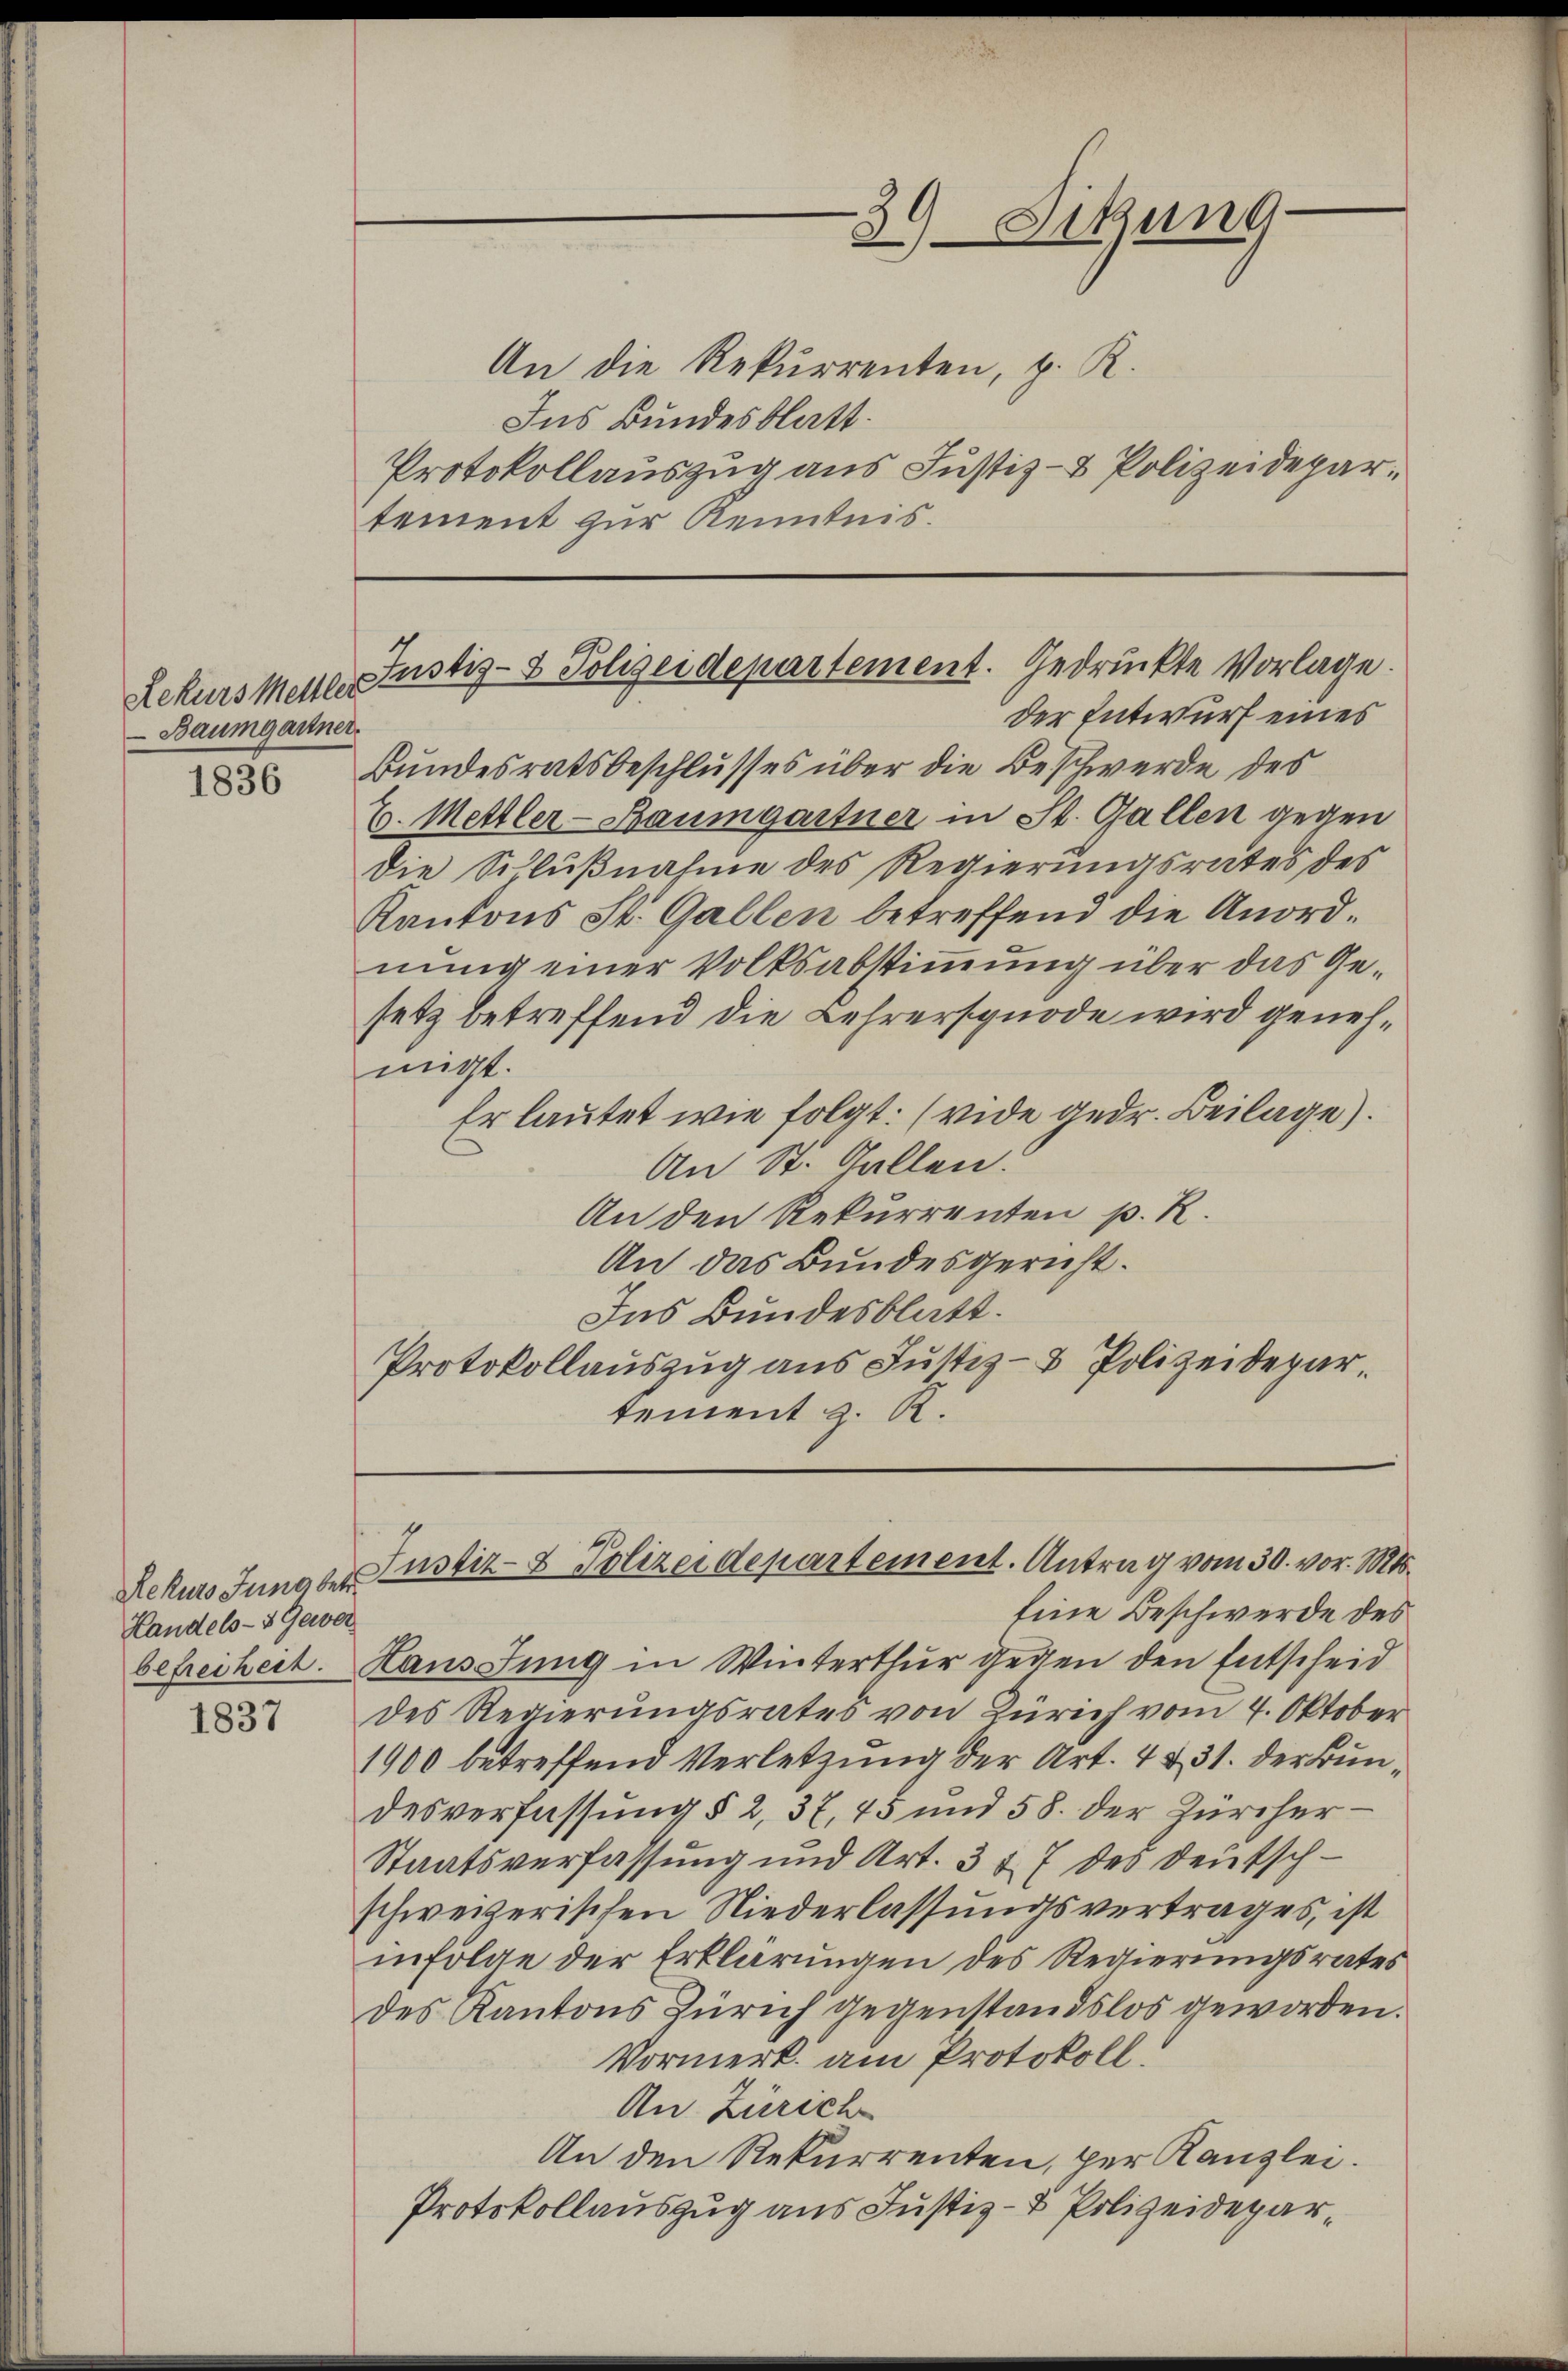
Rekurs Mettler
-Baumgartner.

1836

Rekurs Jung betr.
Handels- & Gewer

1837

39 Sitzung

An die Rekurrenten, z. R.
Ins Bundesblatt.
Protokollauszug aus Justiz- & Polizeidepartement zur Kenntnis.

Justiz- & Polizeidepartement. Gedruckte Vorlage.

Justiz- & Polizeidepartement. Antrag vom 30. vor. Mts.

der Entwurf eines
Bundesratsbeschlusses über die Beschwerde des
E. Mettler-Baumgartner in St. Gallen gegen
die Schlußnahme des Regierungsrates des
Kantons St. Gallen betreffend die Anordnung einer Volksabstimmung über das Gesetz betreffend die Lehrersynode wird genehmigt.
Er lautet wie folgt: (vide gedr. Beilage).
An St. Gallen.
An den Rekurrenten p. R.
An das Bundesgericht.
Ins Bundesblatt.
Protokollauszug aus Justiz- & Polizeidepartement z. R.

Eine Beschwerde des
befreiheit. Haussung in Winterthur gegen den Entscheid
des Regierungsrates von Zürich vom 7. Oktober¬
1900 betreffend Verletzung der Art. 4 & 31. der Bundesverfassung § 2, 37, 45 und 58. der Zürcher¬
Staatsverfassung und Art. 3 f. 7 der Deutschschweizerischen Niederlassungsvertrages, ist
in Folge der Erklärungen des Regierungsrates
des Kantons Zürich gegenstandslos geworden.
Vormerk am Protokoll.
An Zürich
An den Rekurrenten, per Kanzlei.
Protokollauszug aus Justiz- & Polizeidepar¬